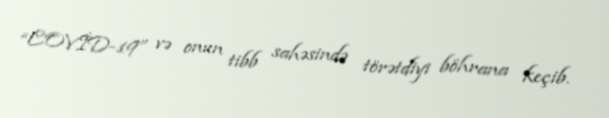
“COVİD-19” və onun tibb sahəsində törətdiyi böhrana keçib.